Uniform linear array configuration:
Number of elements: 48
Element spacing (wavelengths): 0.25
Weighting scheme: exponential
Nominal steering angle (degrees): -15
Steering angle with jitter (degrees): -15.224
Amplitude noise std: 0.05
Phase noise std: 0.05

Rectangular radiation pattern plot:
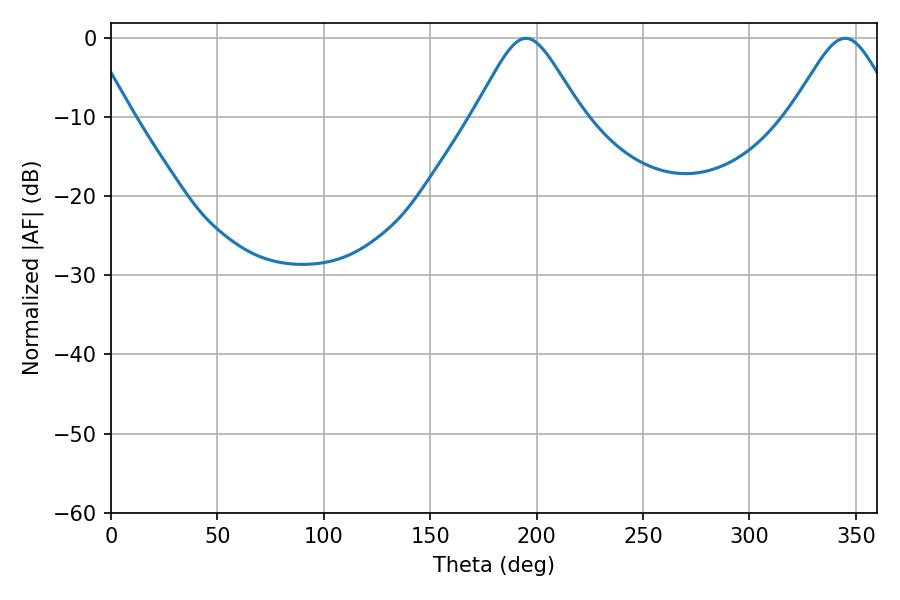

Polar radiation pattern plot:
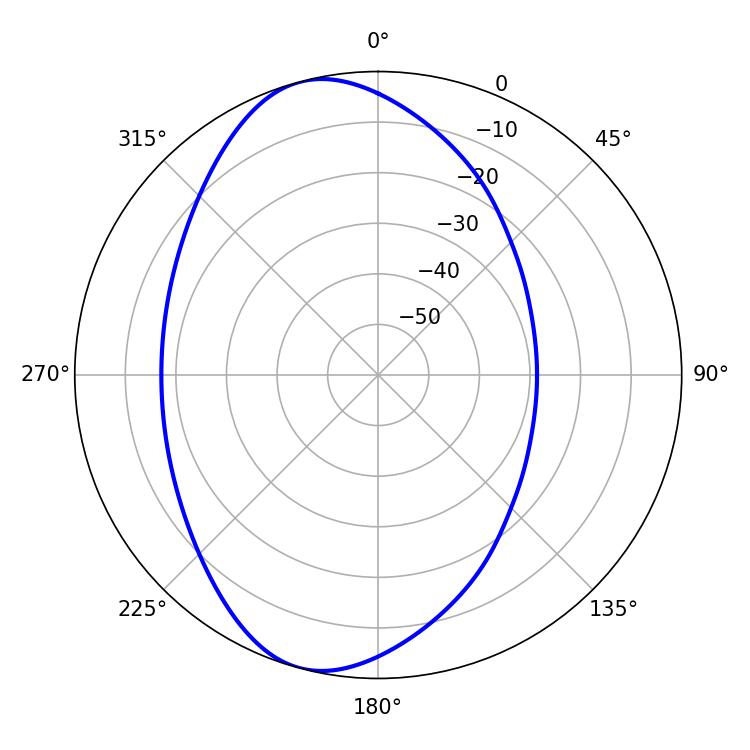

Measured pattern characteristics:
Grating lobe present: FALSE
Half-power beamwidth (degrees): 24.3
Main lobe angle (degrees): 195.12